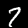
Digit: 7